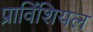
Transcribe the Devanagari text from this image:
प्राविंशियल